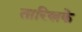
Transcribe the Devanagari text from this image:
तारिखके